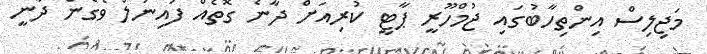
މަޖިލިސް އިންތިހާބުގައި ޖުމްހޫރީ ޕާޓީ ކުރިއަށް ދާނެ ގޮތެއް ފައިނަލް ވެގެން ދާނީ